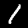
Label: 1